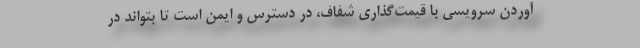
آوردن سرویسی با قیمت‌گذاری شفاف، در دسترس و ایمن است تا بتواند در